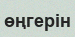
өңгерін